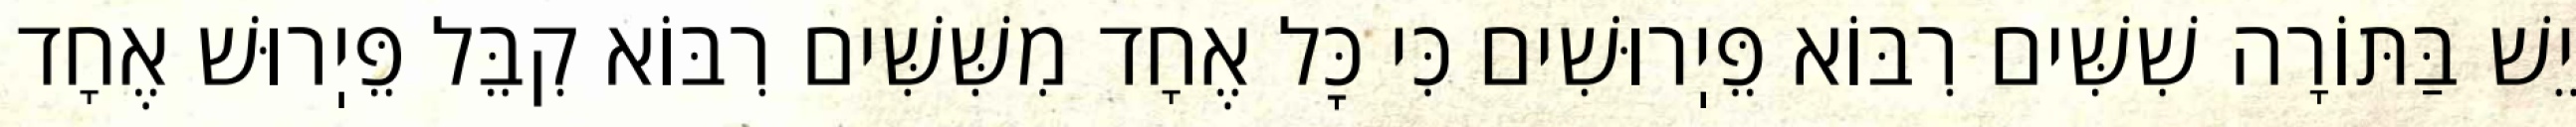
יֵשׁ בַּתּוֹרָה שִׁשִּׁים רִבּוֹא פֵּיֽרוּשִׁים כִּי כׇּל אֶחָד מִשִּׁשִּׁים רִבּוֹא קִבֵּל פֵּיֽרוּשׁ אֶחָד